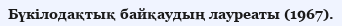
Бүкілодақтық байқаудың лауреаты (1967).